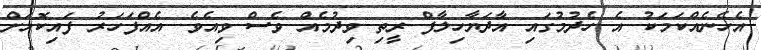
އެހެނެއްކަމަކު އެ ހެދުމުގައި އާދަޔާހިލާފް ރީތި ވިދުމެއް ވެސް ވިއެވެ. އެއްފަހަރު ފައިކޮޅަށް